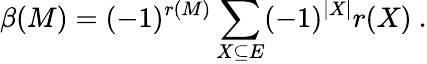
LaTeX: \beta(M)=(-1)^{r(M)}\sum_{X\subseteq E}(-1)^{|X|}r(X)\ .